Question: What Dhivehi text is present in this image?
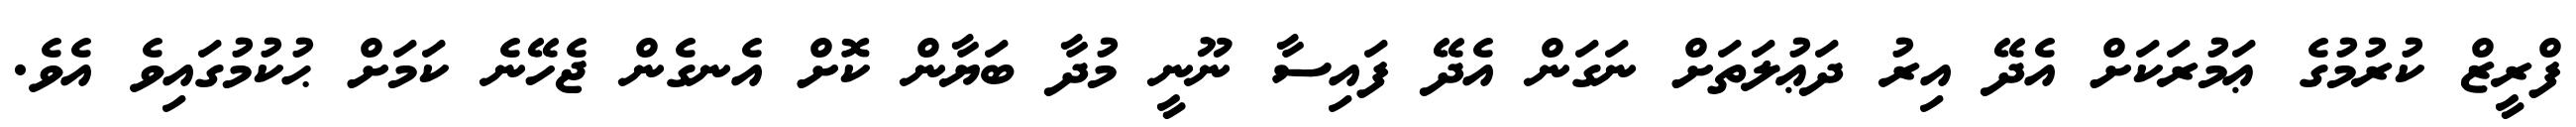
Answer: ފްރީޒް ކުރުމުގެ ޢަމުރަކަށް އެދޭ އިރު ދަޢުލަތަށް ނަގަން އެދޭ ފައިސާ ނޫނީ މުދާ ބަޔާން ކޮށް އެނގެން ޖެހޭނެ ކަމަށް ޙުކުމުގައިވެ އެވެ.